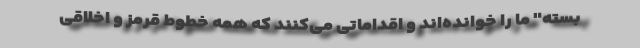
بسته" ما را خوانده‌اند و اقداماتی می‌کنند که همه خطوط قرمز و اخلاقی